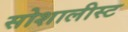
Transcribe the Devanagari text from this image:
सोशालीस्ट